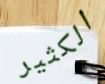
الكثير